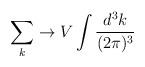
LaTeX: \begin{align*}\sum_k \to V\int \frac{d^3k}{(2\pi)^3} \end{align*}